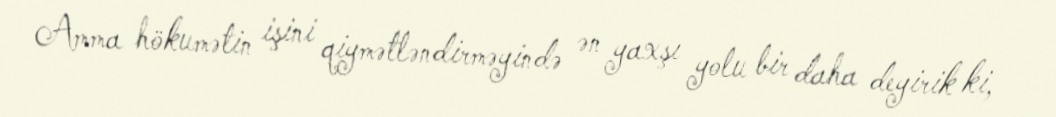
Amma hökumətin işini qiymətləndirməyində ən yaxşı yolu bir daha deyirik ki,